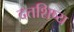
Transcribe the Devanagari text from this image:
दत्तशिष्य